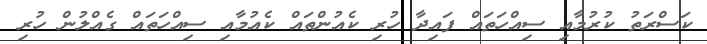
ކަސްރަތު ކުރުމާއި ސިއްހަތައް ފައިދާ ހުރި ކެއުންތައް ކެއުމާއި ސިއްހަތައް ގެއްލުން ހުރި